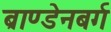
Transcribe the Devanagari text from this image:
ब्राण्डेनबर्ग